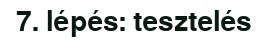
7. lépés: tesztelés